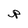
Character: p